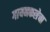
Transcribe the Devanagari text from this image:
गायनकलेचा